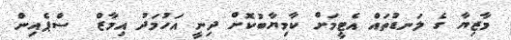
މާޒިޔާ ގެ ލަނޑުތައް އެޓީމަށް ކާމިޔާބުކޮށް ދިނީ އަހުމަދު އިމާޒް  ސްޕެއިން